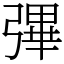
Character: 彃